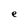
Character: e